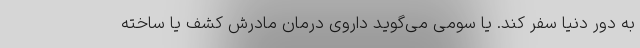
به دور دنیا سفر کند. یا سومی می‌گوید داروی درمان مادرش کشف یا ساخته